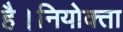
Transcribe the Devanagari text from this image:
है।नियोक्ता